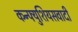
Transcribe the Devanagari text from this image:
कन्फ्युशियसवादी